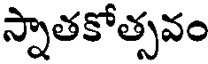
స్నాతకోత్సవం